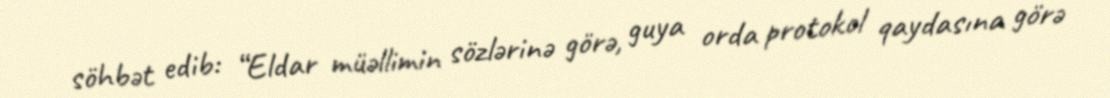
söhbət edib: “Eldar müəllimin sözlərinə görə, guya orda protokol qaydasına görə